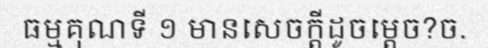
ធម្មគុណទី ១ មានសេចក្តីដូចម្តេច?ច.